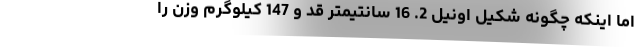
اما اینکه چگونه شکیل اونیل 2. 16 سانتیمتر قد و 147 کیلوگرم وزن را